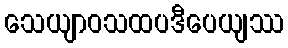
သေယျာဝသထပဒီပေယျဿ